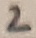
Text: 2